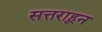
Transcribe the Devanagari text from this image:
सत्तराहून